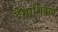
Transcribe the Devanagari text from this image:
देशाशिवाय